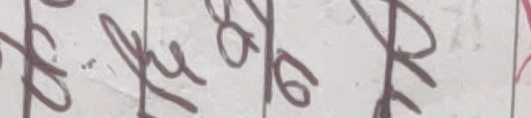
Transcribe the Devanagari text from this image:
९२७
७८६
२८८